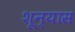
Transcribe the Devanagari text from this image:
शून्यास